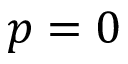
p = 0